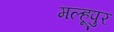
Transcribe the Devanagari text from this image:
मल्हूपुर